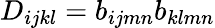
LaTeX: D_{ijkl}=b_{ijmn}b_{klmn}